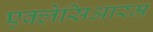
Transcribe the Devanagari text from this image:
एक्लेसिआरम